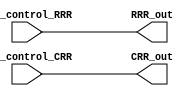
module Read_registers(input [7:0] IDC_control_RRR,
					  input [7:0] IDC_control_CRR,
					  output [7:0] RRR_out,
				  	  output [7:0] CRR_out);
							 
reg [7:0] RRR;
reg [7:0] CRR;
assign RRR_out = RRR;
assign CRR_out = CRR;

always@(IDC_control_RRR)
begin
	RRR <= IDC_control_RRR;
end
	
always@(IDC_control_CRR)
begin
	CRR <= IDC_control_CRR;
end
							 
endmodule